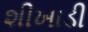
શીખાડી